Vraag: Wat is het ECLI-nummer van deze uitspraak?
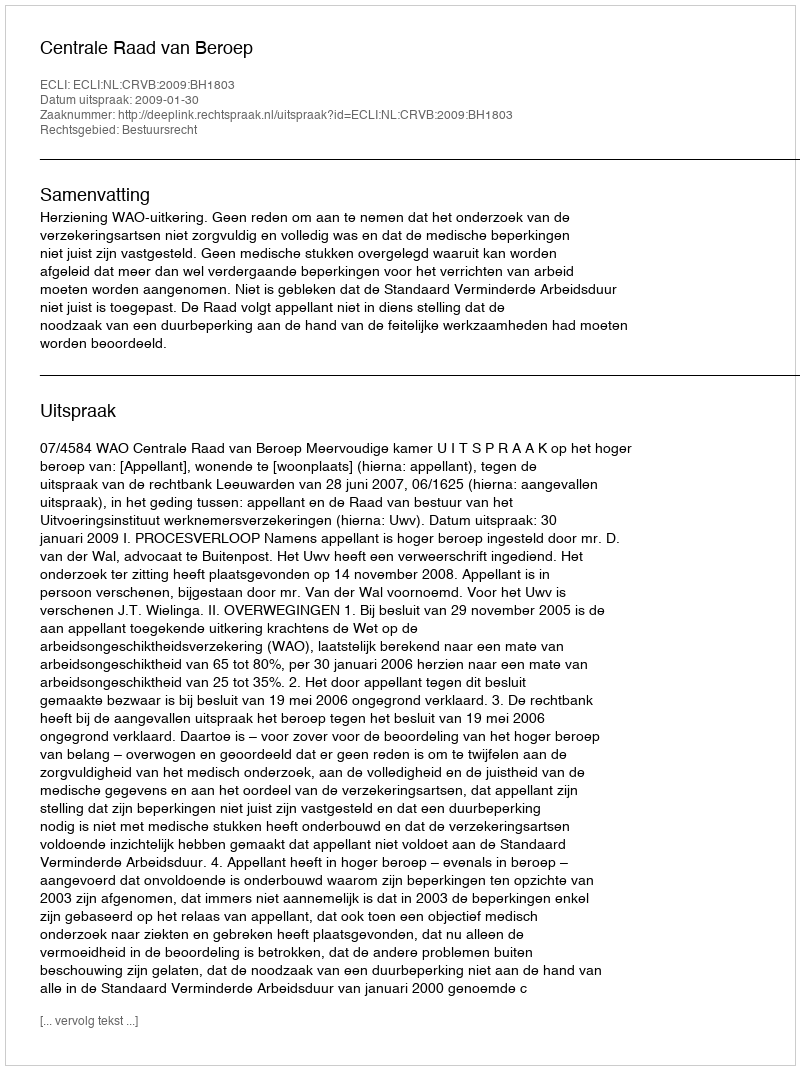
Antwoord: ECLI:NL:CRVB:2009:BH1803